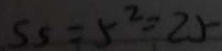
S _ { 5 } = 5 ^ { 2 } = 2 5